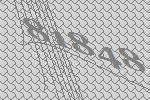
81848